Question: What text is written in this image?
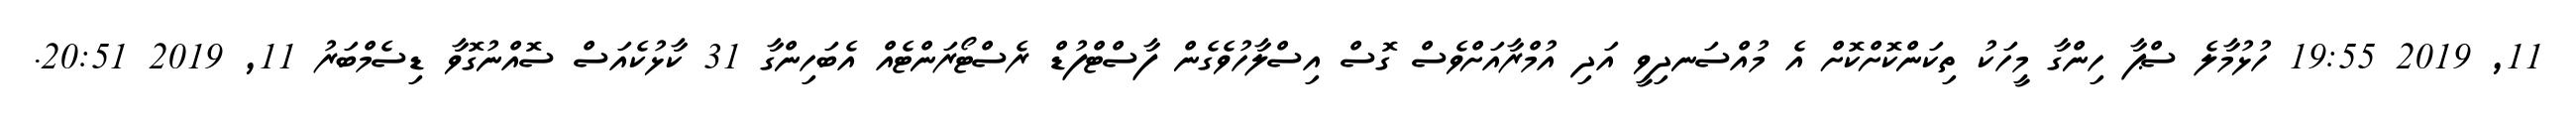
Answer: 11, 2019 19:55 ހުޅުމާލެ ސްޕާ ހިންގާ މީހަކު ތިކަންކޮށްކޮށް އެ މުއްސަނދިވީ އަދި އުމްރާއަށްވެސް ގޮސް އިސްލާހުވެގެން ފާސްޓްފުޑް ރެސްޓޯރަންޓެއް އެބަހިންގާ 31 ކާޅުކެއަސް ސޮއްނުގޮވާ ޑިސެމްބަރު 11, 2019 20:51.